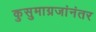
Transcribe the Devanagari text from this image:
कुसुमाग्रजांनंतर